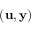
( \mathbf { u } , \mathbf { y } )